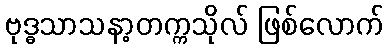
ဗုဒ္ဓသာသနာ့တက္ကသိုလ် ဖြစ်လောက်